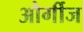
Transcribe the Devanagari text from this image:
और्गीज